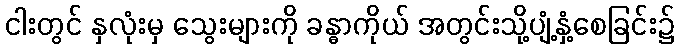
ငါးတွင် နှလုံးမှ သွေးများကို ခန္ဓာကိုယ် အတွင်းသို့ပျံ့နှံ့စေခြင်း၌